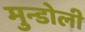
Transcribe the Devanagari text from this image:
मुन्डोली